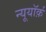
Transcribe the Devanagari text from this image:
न्यूयॉर्क़